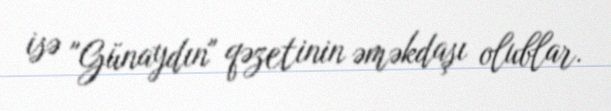
isə "Günaydın" qəzetinin əməkdaşı olublar.